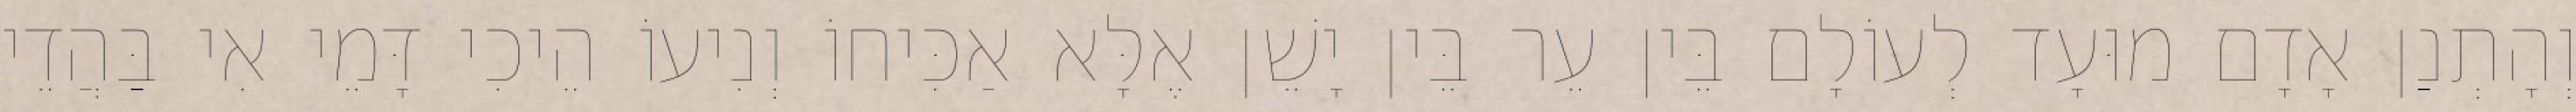
וְהָתְנַן אָדָם מוּעָד לְעוֹלָם בֵּין עֵר בֵּין יָשֵׁן אֶלָּא אַכִּיחוֹ וְנִיעוֹ הֵיכִי דָּמֵי אִי בַּהֲדֵי